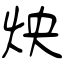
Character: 炴